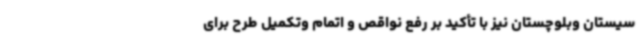
سیستان وبلوچستان نیز با تأکید بر رفع نواقص و اتمام وتکمیل طرح برای